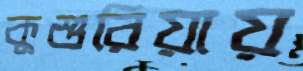
কুশুরিয়ায়